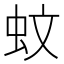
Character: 蚊